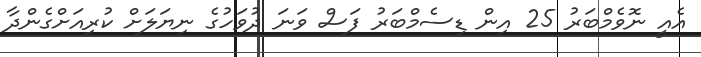
އެއީ ނޮވެމްބަރު 25 އިން ޑިސެމްބަރު ފަސް ވަނަ ދުވަހުގެ ނިޔަލަށް ކުރިއަށްގެންދާ